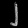
Digit: ၂